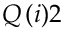
Q \, ( i ) 2